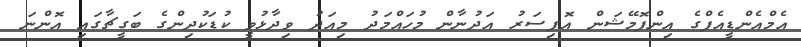
އެމްއެންޑީއެފްގެ އިންފޮމޭޝަން އޮފިސަރު އަދުނާން މުހައްމަދު މިއަދު ވިދާޅުވީ ކުޑަކުދިންގެ ބަގީޗާގައި އޮންނަ